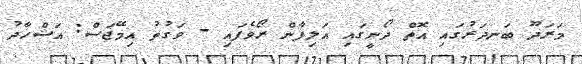
މަރަދޫ ބަނދަރުގައި އޮތް ދޯނީގައި އަލިފާން ރޯވެފައި - ވަގުތު އިމޭޖަސް: އަޝްހާދު